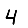
Digit: 4